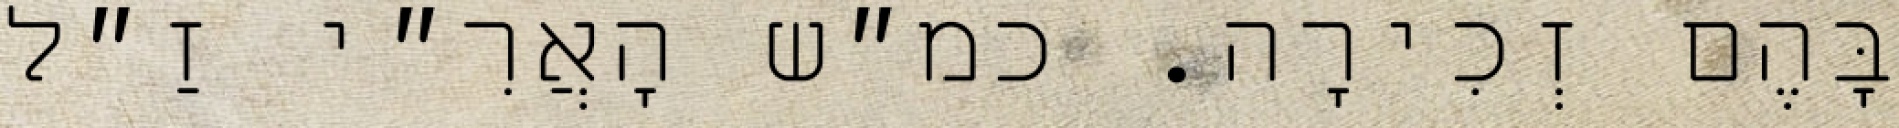
בָּהֶם זְכִירָה. כמ״ש הָאֲרִ״י זַ״ל